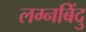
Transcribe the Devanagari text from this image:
लग्नबिंदु